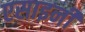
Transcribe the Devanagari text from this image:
एसाइनी